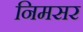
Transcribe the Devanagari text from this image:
निमसर